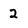
Character: 2